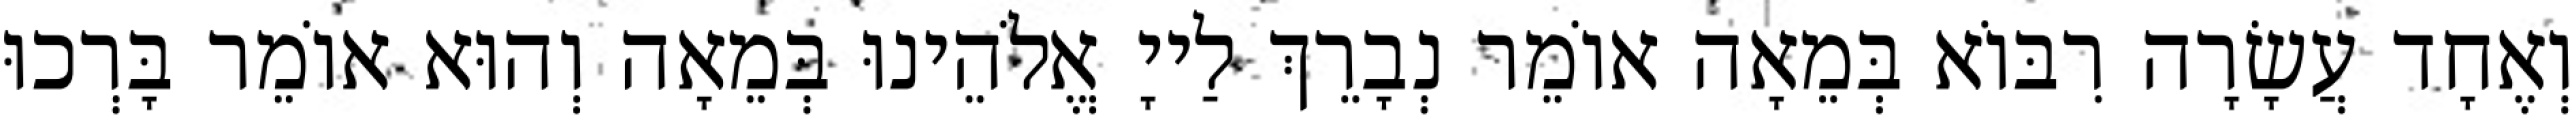
וְאֶחָד עֲשָׂרָה רִבּוֹא בְּמֵאָה אוֹמֵר נְבָרֵךְ לַייָ אֱלֹהֵינוּ בְּמֵאָה וְהוּא אוֹמֵר בָּרְכוּ